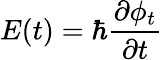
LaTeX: E(t)=\hbar\frac{\partial\phi_{t}}{\partial t}